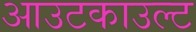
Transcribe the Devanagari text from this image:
आउटकाउल्ट